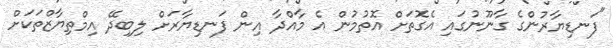
"ފަނޑިޔާރުންގެ ގާނޫނުގައި އެގޮތަށް އޮތުމުން އެ މާއްދާ އިން ފަނޑިޔާރަށް ލިބިދޭ އިމްތިޔާޒްތަކަށް